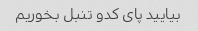
بیایید پای کدو تنبل بخوریم